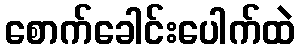
စောက်ခေါင်းပေါက်ထဲ